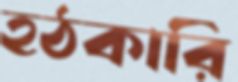
হঠকারি